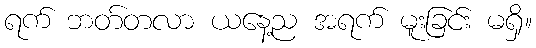
ရက် ဘတ်တလာ ယနေ့ည အရက် မူးခြင်း မရှိ။